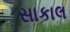
સાકાલ